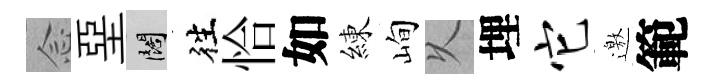
𫝹堊闊徃恰如練峋乆埋它邀範